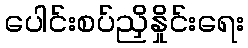
ပေါင်းစပ်ညှိနှိုင်းရေး